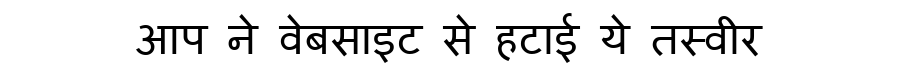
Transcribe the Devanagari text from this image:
आप ने वेबसाइट से हटाई ये तस्वीर